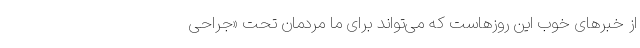
از خبرهای خوب این روزهاست که می‌تواند برای ما مردمانِ تحت «جراحی